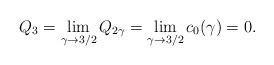
LaTeX: \begin{align*}Q_3=\lim\limits_{\gamma\to3/2}Q_{2\gamma}=\lim\limits_{\gamma\to3/2}c_0(\gamma)=0.\end{align*}